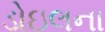
ડોઇલના